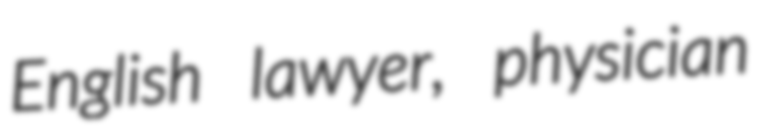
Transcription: English lawyer, physician